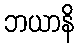
ဘယာနိ